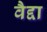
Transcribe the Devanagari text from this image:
वैद्दा